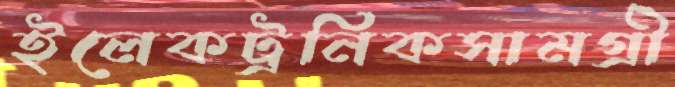
ইলেকট্রনিকসামগ্রী